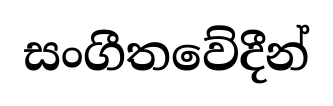
සංගීතවේදීන්